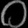
Digit: ၀